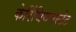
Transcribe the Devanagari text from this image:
केरिंथियनस्टेट